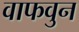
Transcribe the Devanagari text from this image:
वाफवुन